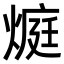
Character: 𭵬